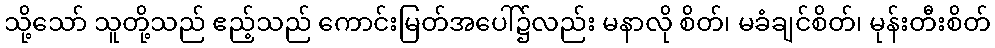
သို့သော် သူတို့သည် ဧည့်သည် ကောင်းမြတ်အပေါ်၌လည်း မနာလို စိတ်၊ မခံချင်စိတ်၊ မုန်းတီးစိတ်